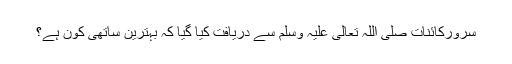
سرورِکائنات صلی اللہ تعالیٰ علیہ وسلم سے دریافت کیا گیا کہ بہترین ساتھی کون ہے؟